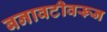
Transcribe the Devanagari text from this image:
बनावटीवरून